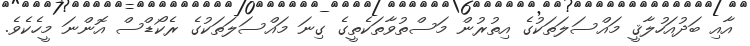
އާއި ބަދުއަހުލާޤީ މައްސަލަތަކުގެ އިތުރުން މަސްތުވާތަކެތީގެ ގިނަ މައްސަލަތަކުގެ ރެކޯޑްސް އޮންނަ މީހެކެވެ.